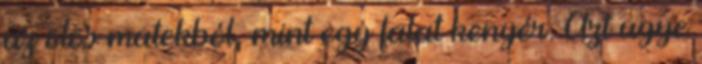
az ötös matekból, mint egy falat kenyér. Azt ugye